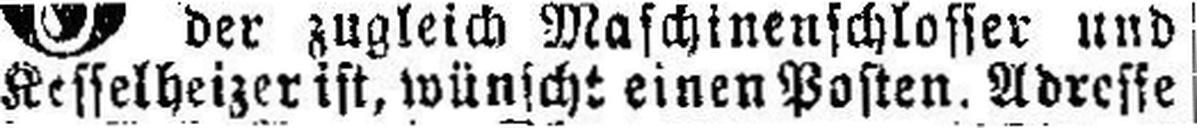
Kesselheizer ist, wünscht einen Posten. Adresse